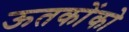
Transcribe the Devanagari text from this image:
ऊतकोंको